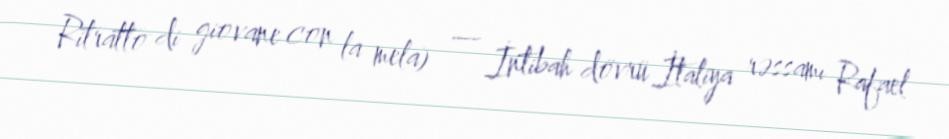
Ritratto di giovane con la mela) — İntibah dövrü İtaliya rəssamı Rafael